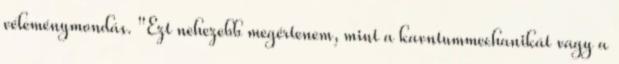
véleménymondás. "Ezt nehezebb megértenem, mint a kavntummechanikát vagy a